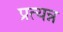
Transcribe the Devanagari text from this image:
प्रत्यन्न